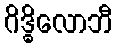
ဂိဒ္ဓိလောဘီ